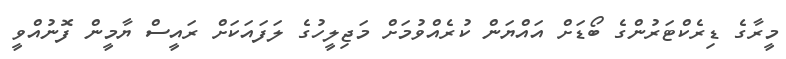
މީރާގެ ޑިރެކްޓަރުންގެ ބޯޑަށް އައްޔަން ކުރެއްވުމަށް މަޖިލީހުގެ ލަފައަކަށް ރައީސް ޔާމީން ފޮނުއްވީ